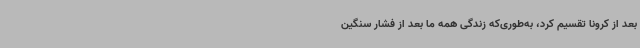
بعد از کرونا تقسیم کرد، به‌طوری‌که زندگی همه ما بعد از فشار سنگین